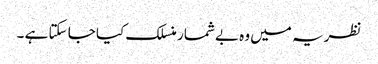
نظریہ میں وہ بے شمار منسلک کیا جا سکتا ہے ۔